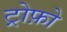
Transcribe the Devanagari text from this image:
ट्रोफ़ो